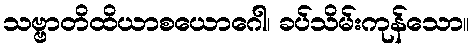
သဗ္ဗာတိထိယာစယောဂေါ၊ ခပ်သိမ်းကုန်သော။